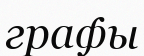
графы